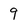
Character: 9